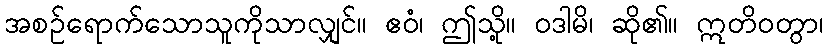
အစဉ်ရောက်သောသူကိုသာလျှင်။ ဧဝံ၊ ဤသို့။ ဝဒါမိ၊ ဆို၏။ ဣတိဝတွာ၊